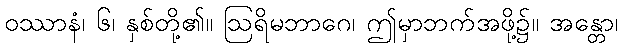
ဝဿာနံ၊ ၆၊ နှစ်တို့၏။ ဩရိမဘာဂေ၊ ဤမှာဘက်အဖို့၌။ အန္တော၊